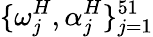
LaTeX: \{ \omega_{j}^{H},\alpha_{j}^{H}\} _{j=1}^{51}